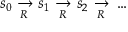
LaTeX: s _ { 0 } \ { \xrightarrow [ { R } ] { } } \ s _ { 1 } \ { \xrightarrow [ { R } ] { } } \ s _ { 2 } \ { \xrightarrow [ { R } ] { } } \ \ldots